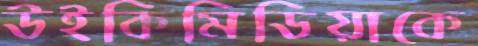
উইকিমিডিয়াকে